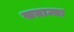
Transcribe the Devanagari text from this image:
खतान्चा